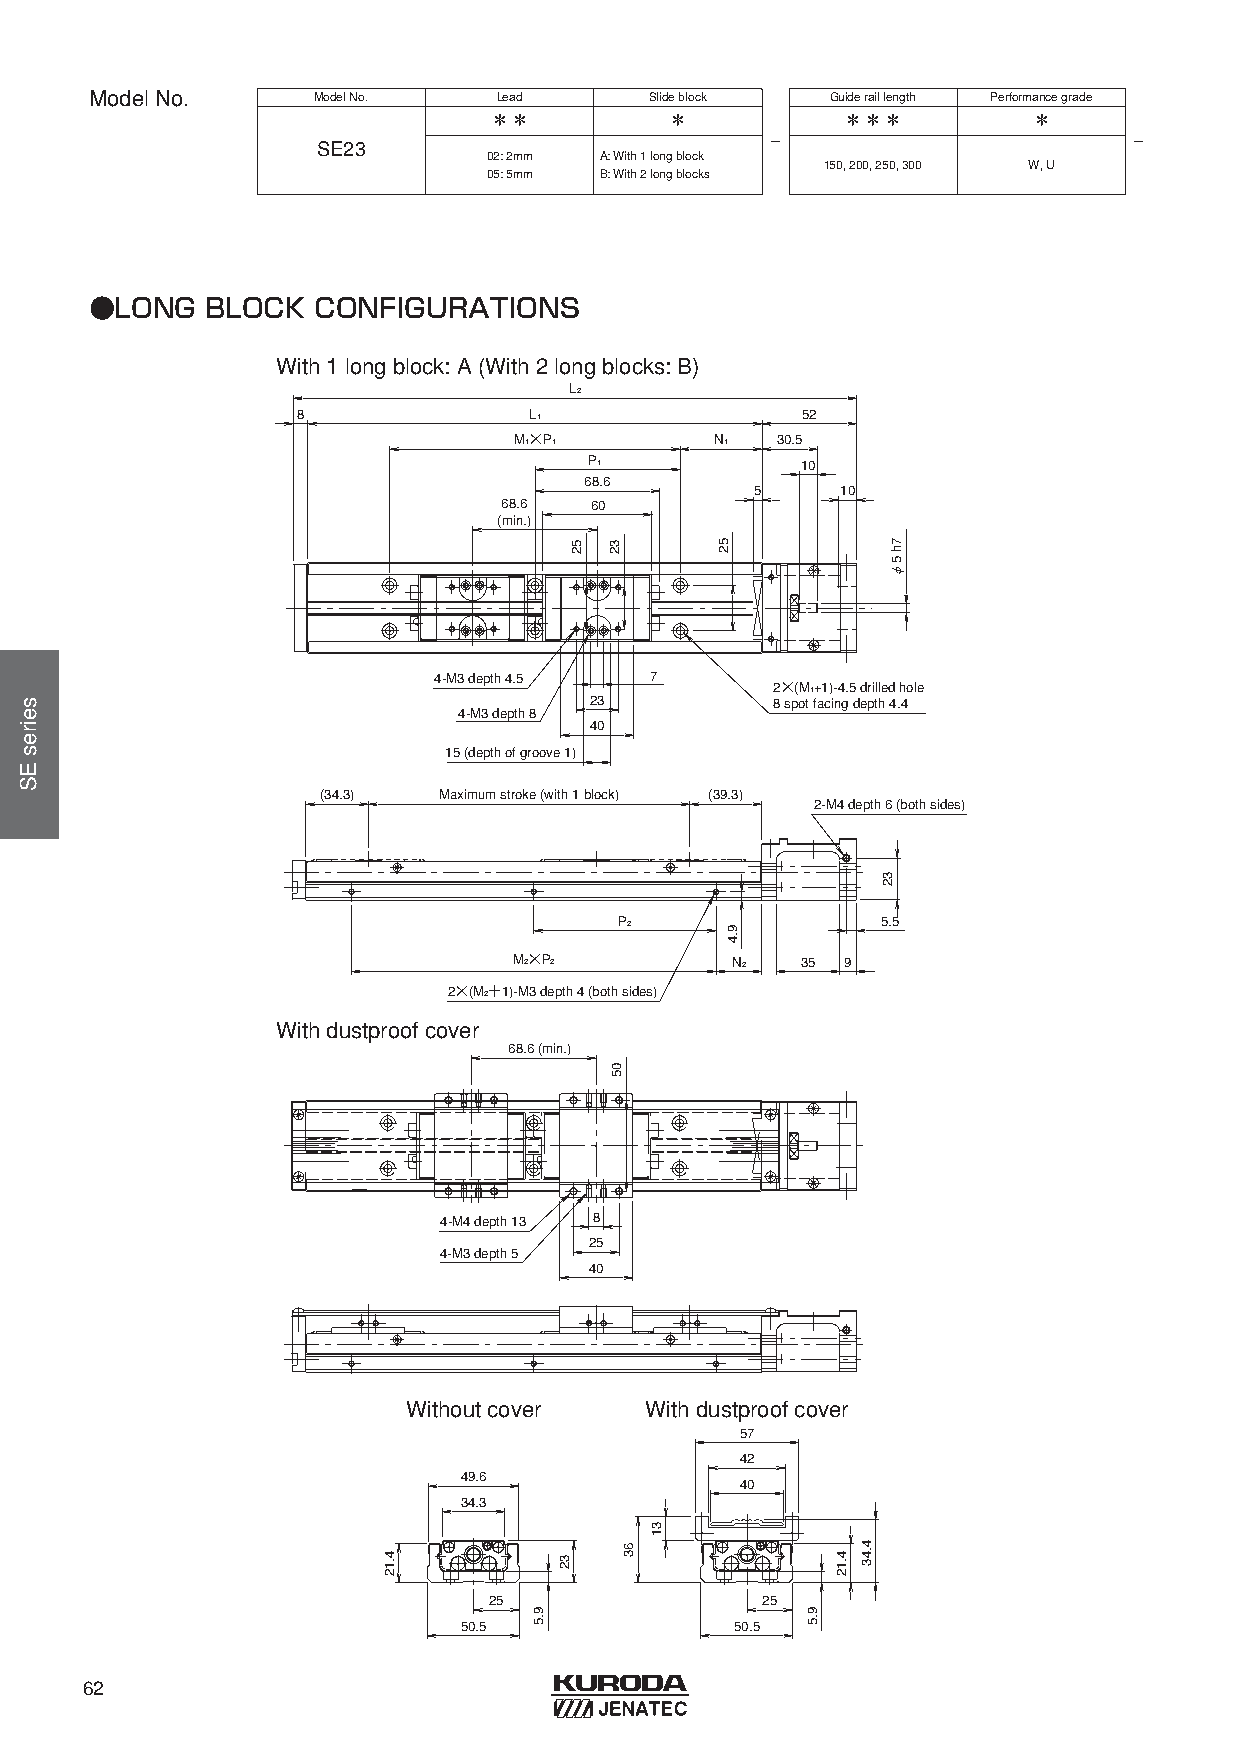
ModelNo.       ModelNo.    Lead      Slideblock  Guideraillength Performancegrade
 ＊＊          ＊           ＊＊＊         ＊
 -                       -
 SE23
 02: 2mm A: With1 longblock
 150, 200, 250, 300 W, U
 05: 5mm B: With2 longblocks
 ●LONG   BLOCK  CONFIGURATIONS
 With 1 long block: A (With 2 long blocks: B)
 L2
 8              L1                52
 M1×P1        N1  30.5
 P1            10
 68.6
 5     10
 68.6  60
 (min.)
 4-M3 depth 4.5 7
 2×(M1+1)-4.5 drilled hole
 23          8 spot facing depth 4.4
 4-M3 depth 8
 40
 15 (depth of groove 1)
 (34.3)  Maximum stroke (with 1 block) (39.3)
 2-M4 depth 6 (both sides)
 P2               5.5
 M2×P2         N2   35 9
 2×(M2＋1)-M3 depth 4 (both sides)
 With dustproof cover
 68.6 (min.)
 4-M4 depth 13 8
 25
 4-M3 depth 5
 40
 Without cover   With dustproof cover
 57
 42
 49.6
 40
 34.3
 25                25
 50.5               50.5
 62
 seiresES
 4.12
 9.5
 32
 52 32
 05
 63
 31
 52
 9.4
 9.5
 4.12
 4.43
 32
 7h
 5φ